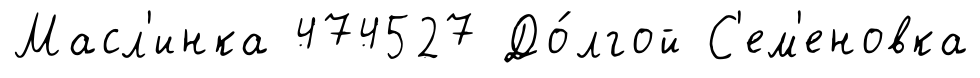
Масл'инка 474527 До́лгой С'ем'еновка